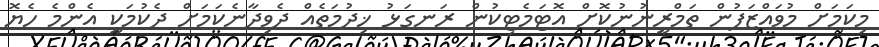
މިކަމަށް މުވައްޒަފުން ތަމްރީނުނުކޮށް އޮޓަމެޓިކުން ރަނގަޅު ޚިދުމަތެއް ދެވިދާނެކަމަށް ދެކުމަކީ އެންމެ ހެޔޮ